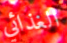
الغذائي